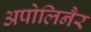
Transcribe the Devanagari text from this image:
अपोलिनैर